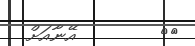
٧٨        އޭނާއަށް